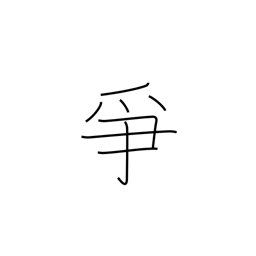
Meaning: to dispute